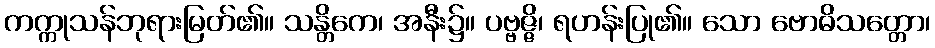
ကက္ကုသန်ဘုရားမြတ်၏။ သန္တိကေ၊ အနီး၌။ ပဗ္ဗဇ္ဇိ၊ ရဟန်းပြု၏။ သော ဗောဓိသတ္တော၊